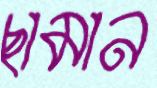
ছামান